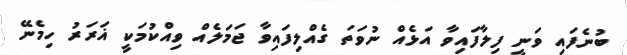
ބުނެފައި ވަނީ ފިލާފައިވާ އަޅެއް ނުވަތަ ގެއްލިފައިވާ ޖަމަލެއް ވިއްކުމަކީ ޣަރަރު ހިމެނޭ